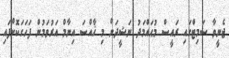
ޖެނީވާ ސަމިޓްގައި ރައީސް މުޙައްމަދު ނަޝީދަށް މި ޚާއްސަ އިނާމް އަރުވަމުން ފަހަގަކޮށްފައި